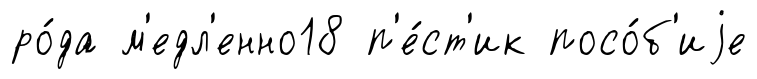
ро́да м'едл'енно18 п'е́ст'ик посо́б'иjе